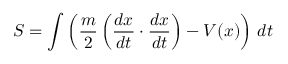
S = \int \left( { \frac { m } { 2 } } \left( { \frac { d x } { d t } } \cdot { \frac { d x } { d t } } \right) - V ( x ) \right) \, d t